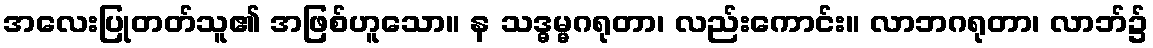
အလေးပြုတတ်သူ၏ အဖြစ်ဟူသော။ န သဒ္ဓမ္မဂရုတာ၊ လည်းကောင်း။ လာဘဂရုတာ၊ လာဘ်၌